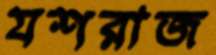
যশরাজ